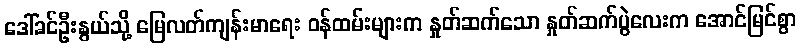
ဒေါ်ခင်ဦးနွယ်သို့ မြေလတ်ကျန်းမာရေး ဝန်ထမ်းများက နှုတ်ဆက်သော နှုတ်ဆက်ပွဲလေးက အောင်မြင်စွာ